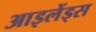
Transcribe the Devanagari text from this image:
आइलेंड्स